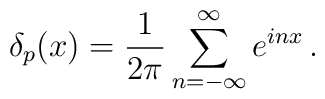
\delta_{p}(x)=\frac{1}{2\pi}     \sum^{\infty}_{n=-\infty}e^{i n x}\, .